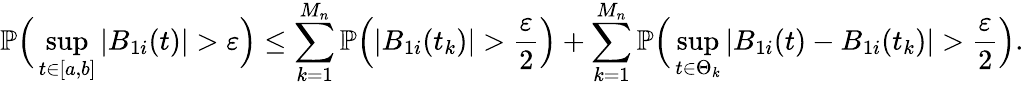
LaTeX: \mathbb{P}\Big(\operatorname*{sup}_{t\in[a,b]}|B_{1i}(t)|>\varepsilon\Big)\le\sum_{k=1}^{M_{n}}\mathbb{P}\Big(|B_{1i}(t_{k})|>\frac{\varepsilon}{2}\Big)+\sum_{k=1}^{M_{n}}\mathbb{P}\Big(\operatorname*{sup}_{t\in\Theta_{k}}|B_{1i}(t)-B_{1i}(t_{k})|>\frac{\varepsilon}{2}\Big).